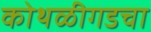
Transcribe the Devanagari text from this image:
कोथळीगडचा